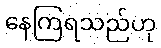
နေကြရသည်ဟု